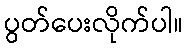
ပွတ်ပေးလိုက်ပါ။